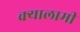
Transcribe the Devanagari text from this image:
क्यालामी